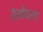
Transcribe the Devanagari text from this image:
रेखीकरण